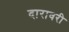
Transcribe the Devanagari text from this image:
दारावरी